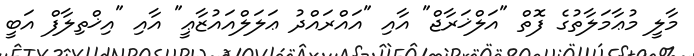
މާލީ މުޢާމަލާތުގެ ފޮތް "އަލްޚަރާޖް" އާއި "އައްރައްދު ޢަލަލްއައުޒާޢީ" އާއި "އިޚްތިލާފް އަބީ